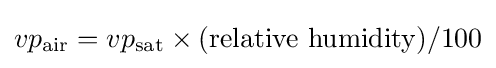
vp_{\text{air}}=vp_{\text{sat}}\times ({\text{relative humidity}})/100